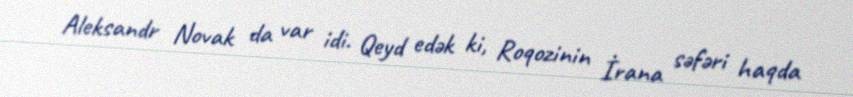
Aleksandr Novak da var idi. Qeyd edək ki, Roqozinin İrana səfəri haqda